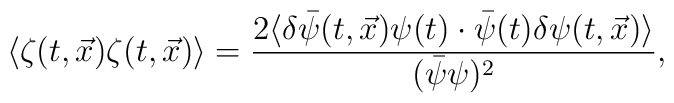
\langle\zeta(t,\vec{x})\zeta(t,\vec{x})\rangle  =\frac{2\langle\delta\bar{\psi}(t,\vec{x})\psi(t)\cdot    \bar{\psi}(t)\delta\psi(t,\vec{x})\rangle}{(\bar{\psi}\psi)^2},